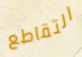
التقاطع